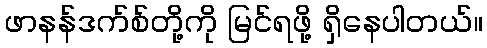
ဖာနန်ဒက်စ်တို့ကို မြင်ရဖို့ ရှိနေပါတယ်။